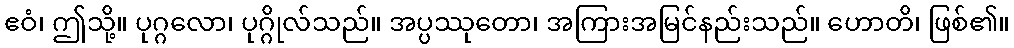
ဧဝံ၊ ဤသို့။ ပုဂ္ဂလော၊ ပုဂ္ဂိုလ်သည်။ အပ္ပဿုတော၊ အကြားအမြင်နည်းသည်။ ဟောတိ၊ ဖြစ်၏။